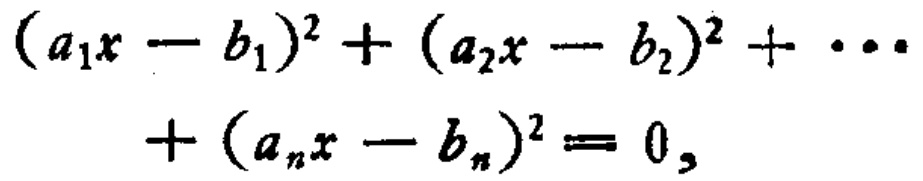
\((a_{1}x - b_{1})^{2}+(a_{2}x - b_{2})^{2}+\cdots+(a_{n}x - b_{n})^{2}= 0\)